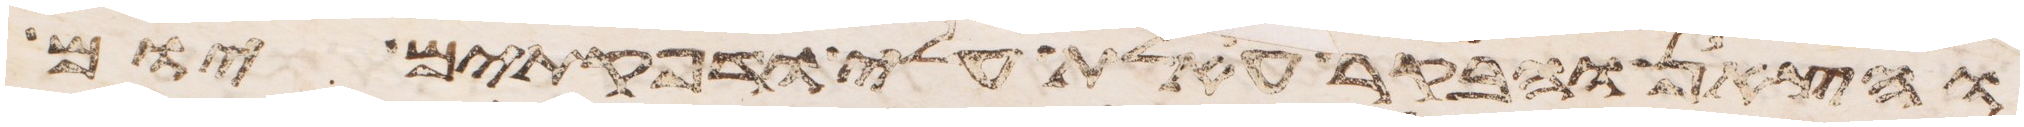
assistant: והצאן והבקר אעלת עלי ודפקתים יום